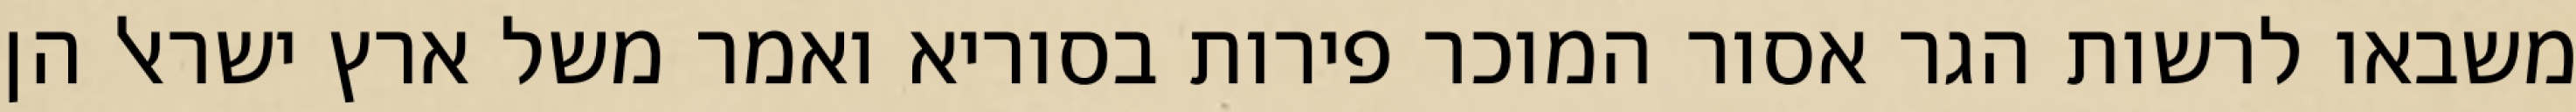
משבאו לרשות הגר אסור המוכר פירות בסוריא ואמר משל ארץ ישראל הן